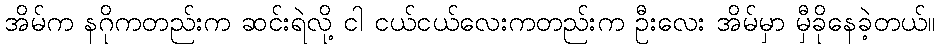
အိမ်က နဂိုကတည်းက ဆင်းရဲလို့ ငါ ငယ်ငယ်လေးကတည်းက ဦးလေး အိမ်မှာ မှီခိုနေခဲ့တယ်။